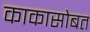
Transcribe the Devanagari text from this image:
काकासोबत